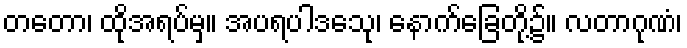
တတော၊ ထိုအရပ်မှ။ အပရပါဒသေု၊ နောက်ခြေတို့၌။ လတာဂုဏံ၊